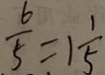
\frac { 6 } { 5 } = 1 \frac { 1 } { 5 }